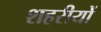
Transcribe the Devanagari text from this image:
शहरीयों